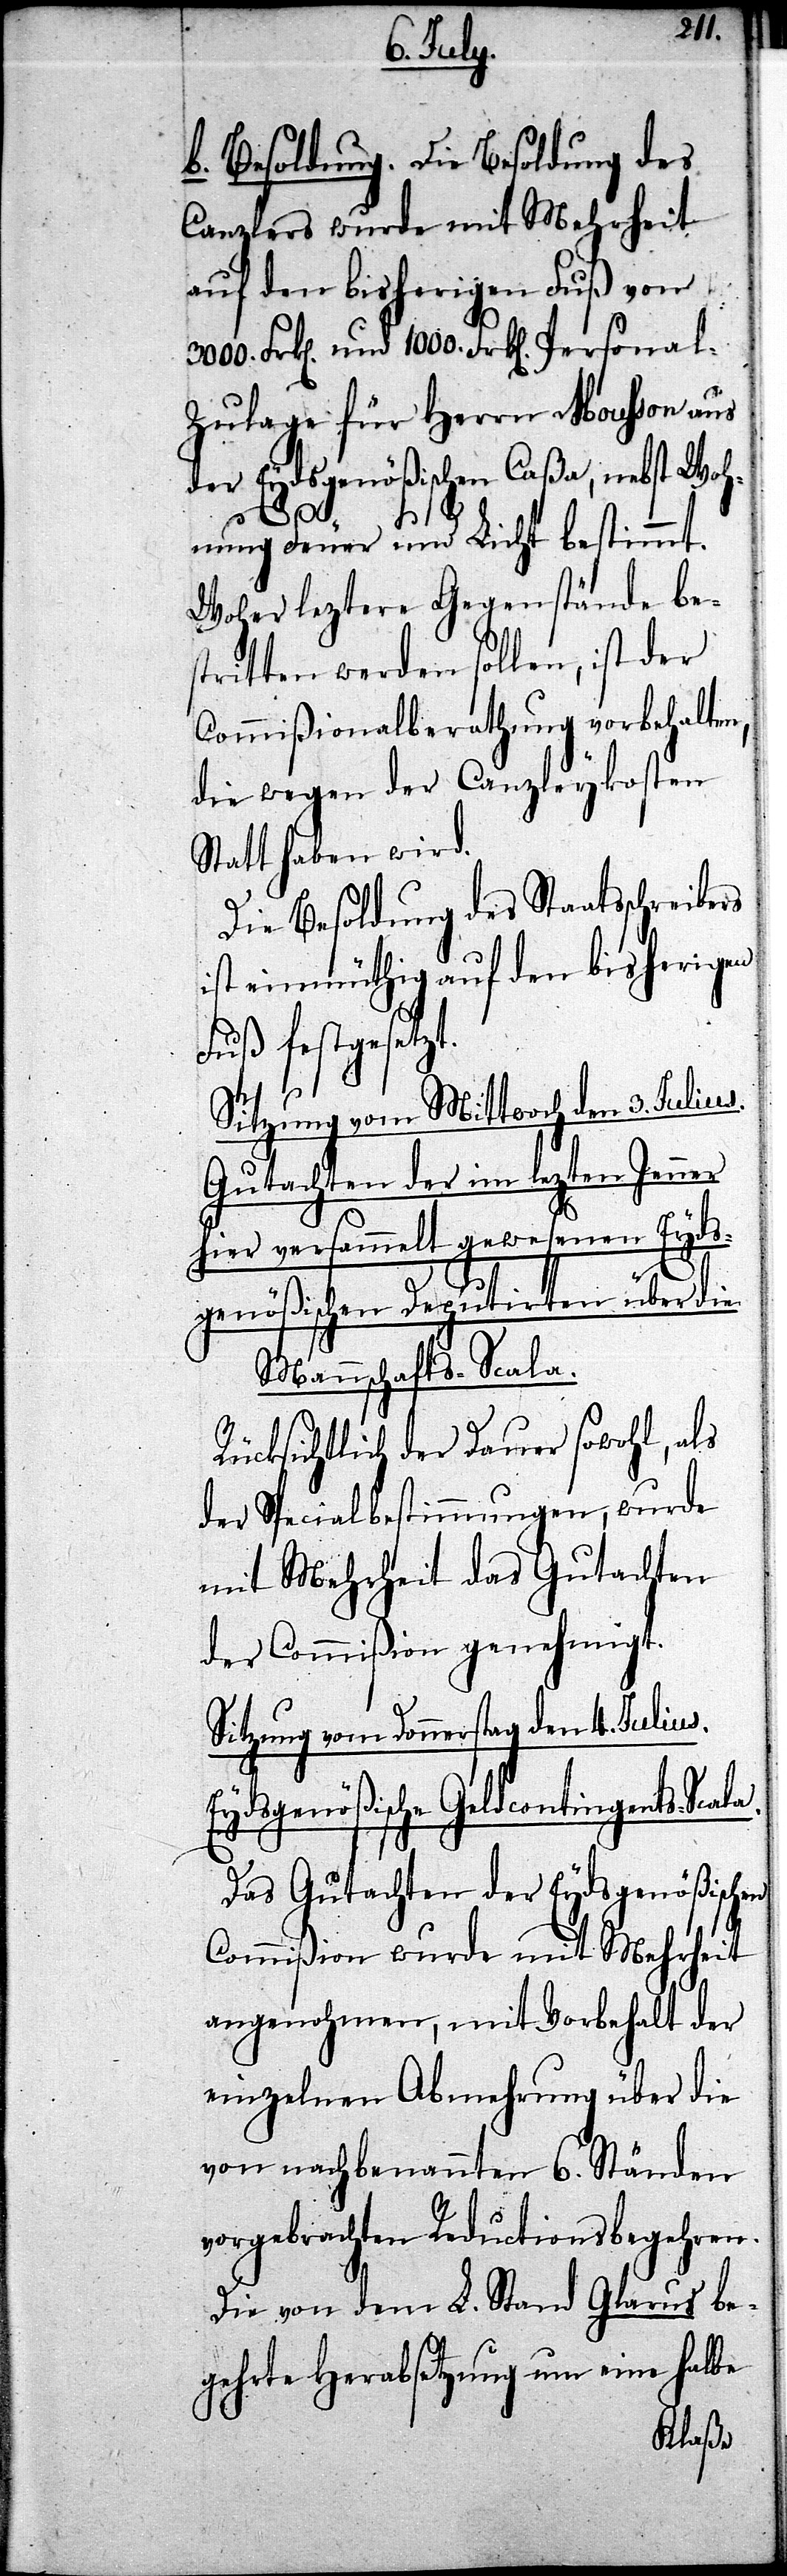
b. Besoldung. Die Besoldung des
Canzlers wurde mit Mehrheit
auf den bisherigen Fuß von
l-Zulage für Herrn Mousson aus
der Eydsgenößischen Caßa, nebst Woh¬
a.
nung Feuer und Licht bestimmt.
Woher leztere Gegenstände bes¬
tritten werden sollen ist der
Commißionalberathung vorbehalten,
die wegen der Canzleykosten
Statt haben wird.
Die Besoldung des Staatsschreibers
ist einmüthig auf den bisherigen
Fuß festgesetzt.
Sitzung vom Mittwoch den 3. Julius.
Gutachten der im lezten Jenner
hier versammelt gewesenen Eyds¬
genößischen Deputirten über die
Mannschafts-Scala.
Rücksichtlich der Dauer sowohl, als
der Specialbestimmungen, wurde
mit Mehrheit das Gutachten
der Commißion genehmigt.
Sitzung vom Donnerstag den 4. Julius.
Eydsgenößische Geldcontigents-Scal¬
Das Gutachten der Eydsgenößischen
Commißion wurde mit Mehrheit
angenohmen, mit Vorbehalt der
einzelnen Abmehrung über die
von nachbenannten 6. Ständen
vorgebrachten Reductionsbegehren.
Die von dem L. Stand Glarus be¬
gehrte Herabsetzung um eine halbe